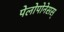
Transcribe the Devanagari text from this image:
पेलोपोनेसस्